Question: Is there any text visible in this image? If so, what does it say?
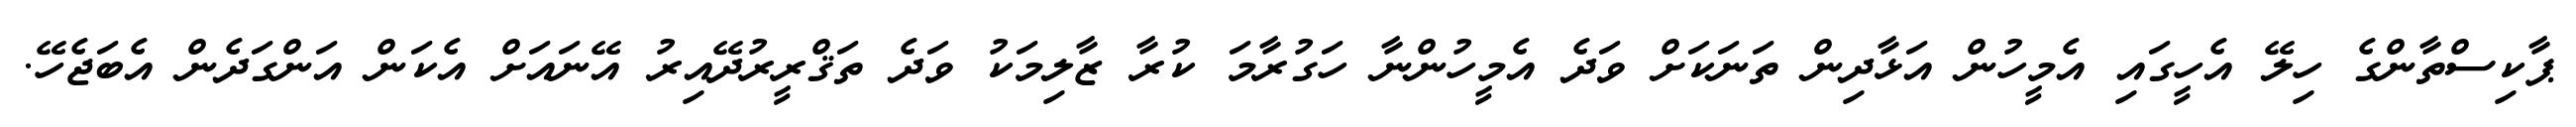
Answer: ޕާކިސްތާންގެ ހިލޭ އެހީގައި އެމީހުން އަޅާދިން ތަނަކަށް ވަދެ އެމީހުންނާ ހަގުރާމަ ކުރާ ޒާލިމަކު ވަދެ ތަޤްރީރުދޭއިރު އޭނައަށް އެކަން އަންގަދެން އެބަޖެހޭ.